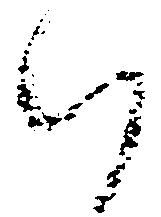
給